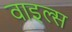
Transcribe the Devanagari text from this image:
वाइल्स